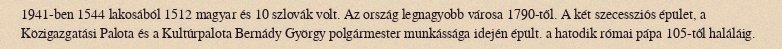
1941-ben 1544 lakosából 1512 magyar és 10 szlovák volt. Az ország legnagyobb városa 1790-től. A két szecessziós épület, a Közigazgatási Palota és a Kultúrpalota Bernády György polgármester munkássága idején épült. a hatodik római pápa 105-től haláláig.